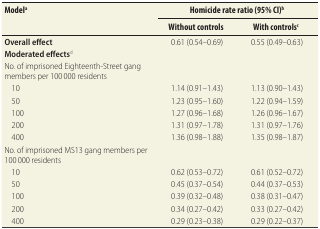
<table><thead><tr><td rowspan="2"><b>Model<sup>a</sup></b></td><td colspan="2"><b>Homicide rate ratio (95% CI)<sup>b</sup></b></td></tr><tr><td><b>Without controls</b></td><td><b>With controls<sup>c</sup></b></td></tr></thead><tbody><tr><td><b>Overall effect</b></td><td>0.61 (0.54–0.69)</td><td>0.55 (0.49–0.63)</td></tr><tr><td><b>Moderated effects</b><sup>d</sup></td><td></td><td></td></tr><tr><td>No. of imprisoned Eighteenth-Street gang members per 100 000 residents</td><td></td><td></td></tr><tr><td>10</td><td>1.14 (0.91–1.43)</td><td>1.13 (0.90–1.43)</td></tr><tr><td>50</td><td>1.23 (0.95–1.60)</td><td>1.22 (0.94–1.59)</td></tr><tr><td>100</td><td>1.27 (0.96–1.68)</td><td>1.26 (0.96–1.67)</td></tr><tr><td>200</td><td>1.31 (0.97–1.78)</td><td>1.31 (0.97–1.76)</td></tr><tr><td>400</td><td>1.36 (0.98–1.88)</td><td>1.35 (0.98–1.87)</td></tr><tr><td>No. of imprisoned MS13 gang members per 100 000 residents</td><td></td><td></td></tr><tr><td>10</td><td>0.62 (0.53–0.72)</td><td>0.61 (0.52–0.72)</td></tr><tr><td>50</td><td>0.45 (0.37–0.54)</td><td>0.44 (0.37–0.53)</td></tr><tr><td>100</td><td>0.39 (0.32–0.48)</td><td>0.38 (0.31–0.47)</td></tr><tr><td>200</td><td>0.34 (0.27–0.42)</td><td>0.33 (0.27–0.42)</td></tr><tr><td>400</td><td>0.29 (0.23–0.38)</td><td>0.29 (0.22–0.37)</td></tr></tbody></table>